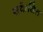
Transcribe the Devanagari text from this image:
सकेतित